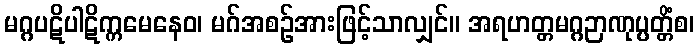
မဂ္ဂပဋိပါဋိက္ကမေနေဝ၊ မဂ်အစဉ်အားဖြင့်သာလျှင်။ အရဟတ္တမဂ္ဂဉာဏုပ္ပတ္တိံစ၊